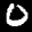
Label: 0